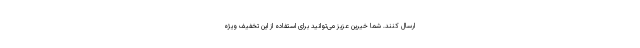
ارسال کنند. شما خیرین عزیز می‌توانید برای استفاده از این تخفیف ویژه